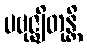
ပဗုဇ္ဈိတုန္တိ